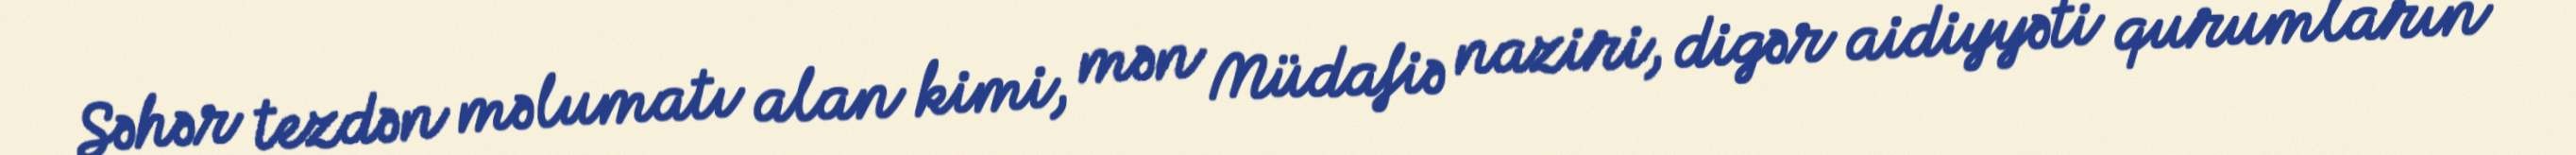
Səhər tezdən məlumatı alan kimi, mən Müdafiə naziri, digər aidiyyəti qurumların